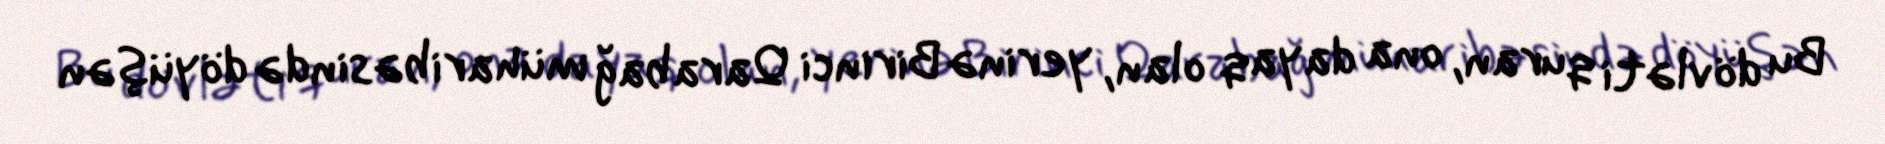
Bu dövləti quran, ona dayaq olan, yerinə Birinci Qarabağ müharibəsində döyüşən